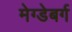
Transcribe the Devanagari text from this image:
मेग्डेबर्ग